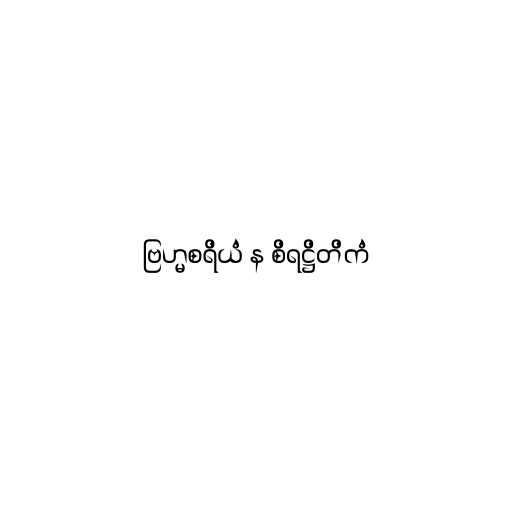
ဗြဟ္မစရိယံ န စိရဋ္ဌိတိကံ